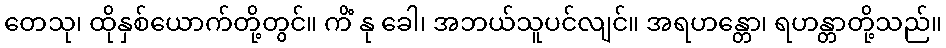
တေသု၊ ထိုနှစ်ယောက်တို့တွင်။ ကိံ နု ခေါ၊ အဘယ်သူပင်လျင်။ အရဟန္တော၊ ရဟန္တာတို့သည်။